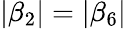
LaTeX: |\beta_{2}|=|\beta_{6}|